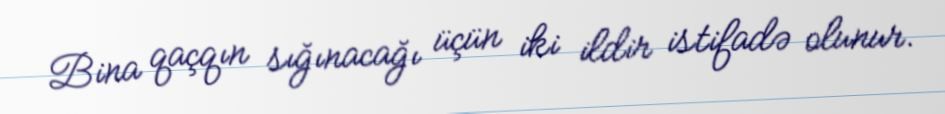
Bina qaçqın sığınacağı üçün iki ildir istifadə olunur.